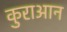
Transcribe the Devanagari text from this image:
कुराआन